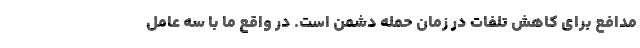
مدافع برای کاهش تلفات در زمان حمله دشمن است. در واقع ما با سه عامل